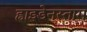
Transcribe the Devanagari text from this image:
ह्वाइडेनस्ताम